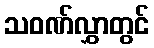
သဝဏ်လွှာတွင်